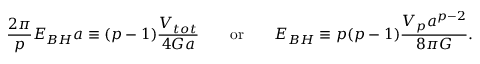
{ \frac { 2 \pi } { p } } E _ { B H } a \equiv ( p - 1 ) { \frac { V _ { t o t } } { 4 G a } } \ \ \ \ \ \ \mathrm { o r } \ \ \ \ \ \ E _ { B H } \equiv p ( p - 1 ) { \frac { V _ { p } a ^ { p - 2 } } { 8 \pi G } } .